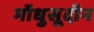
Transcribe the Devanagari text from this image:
मॉधुसूदॉन